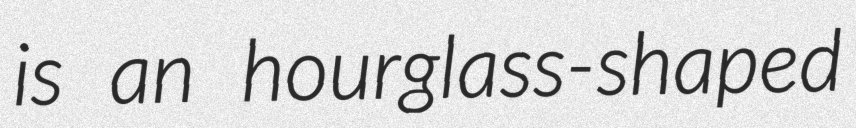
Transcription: is an hourglass-shaped